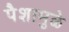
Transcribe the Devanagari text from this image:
पैशामुळे